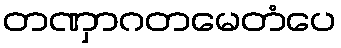
တဏှာဂတမေတံပေ